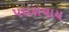
પધરાવાય